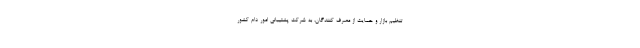
تنظیم بازار و حمایت از مصرف کنندگان، به شرکت پشتیبانی امور دام کشور